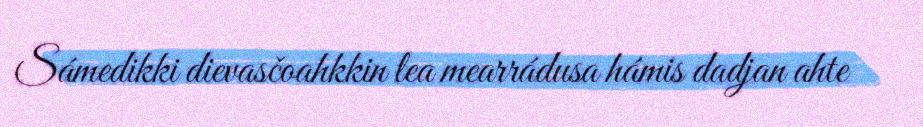
Sámedikki dievasčoahkkin lea mearrádusa hámis dadjan ahte